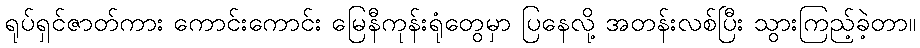
ရုပ်ရှင်ဇာတ်ကား ကောင်းကောင်း မြေနီကုန်းရုံတွေမှာ ပြနေလို့ အတန်းလစ်ပြီး သွားကြည့်ခဲ့တာ။